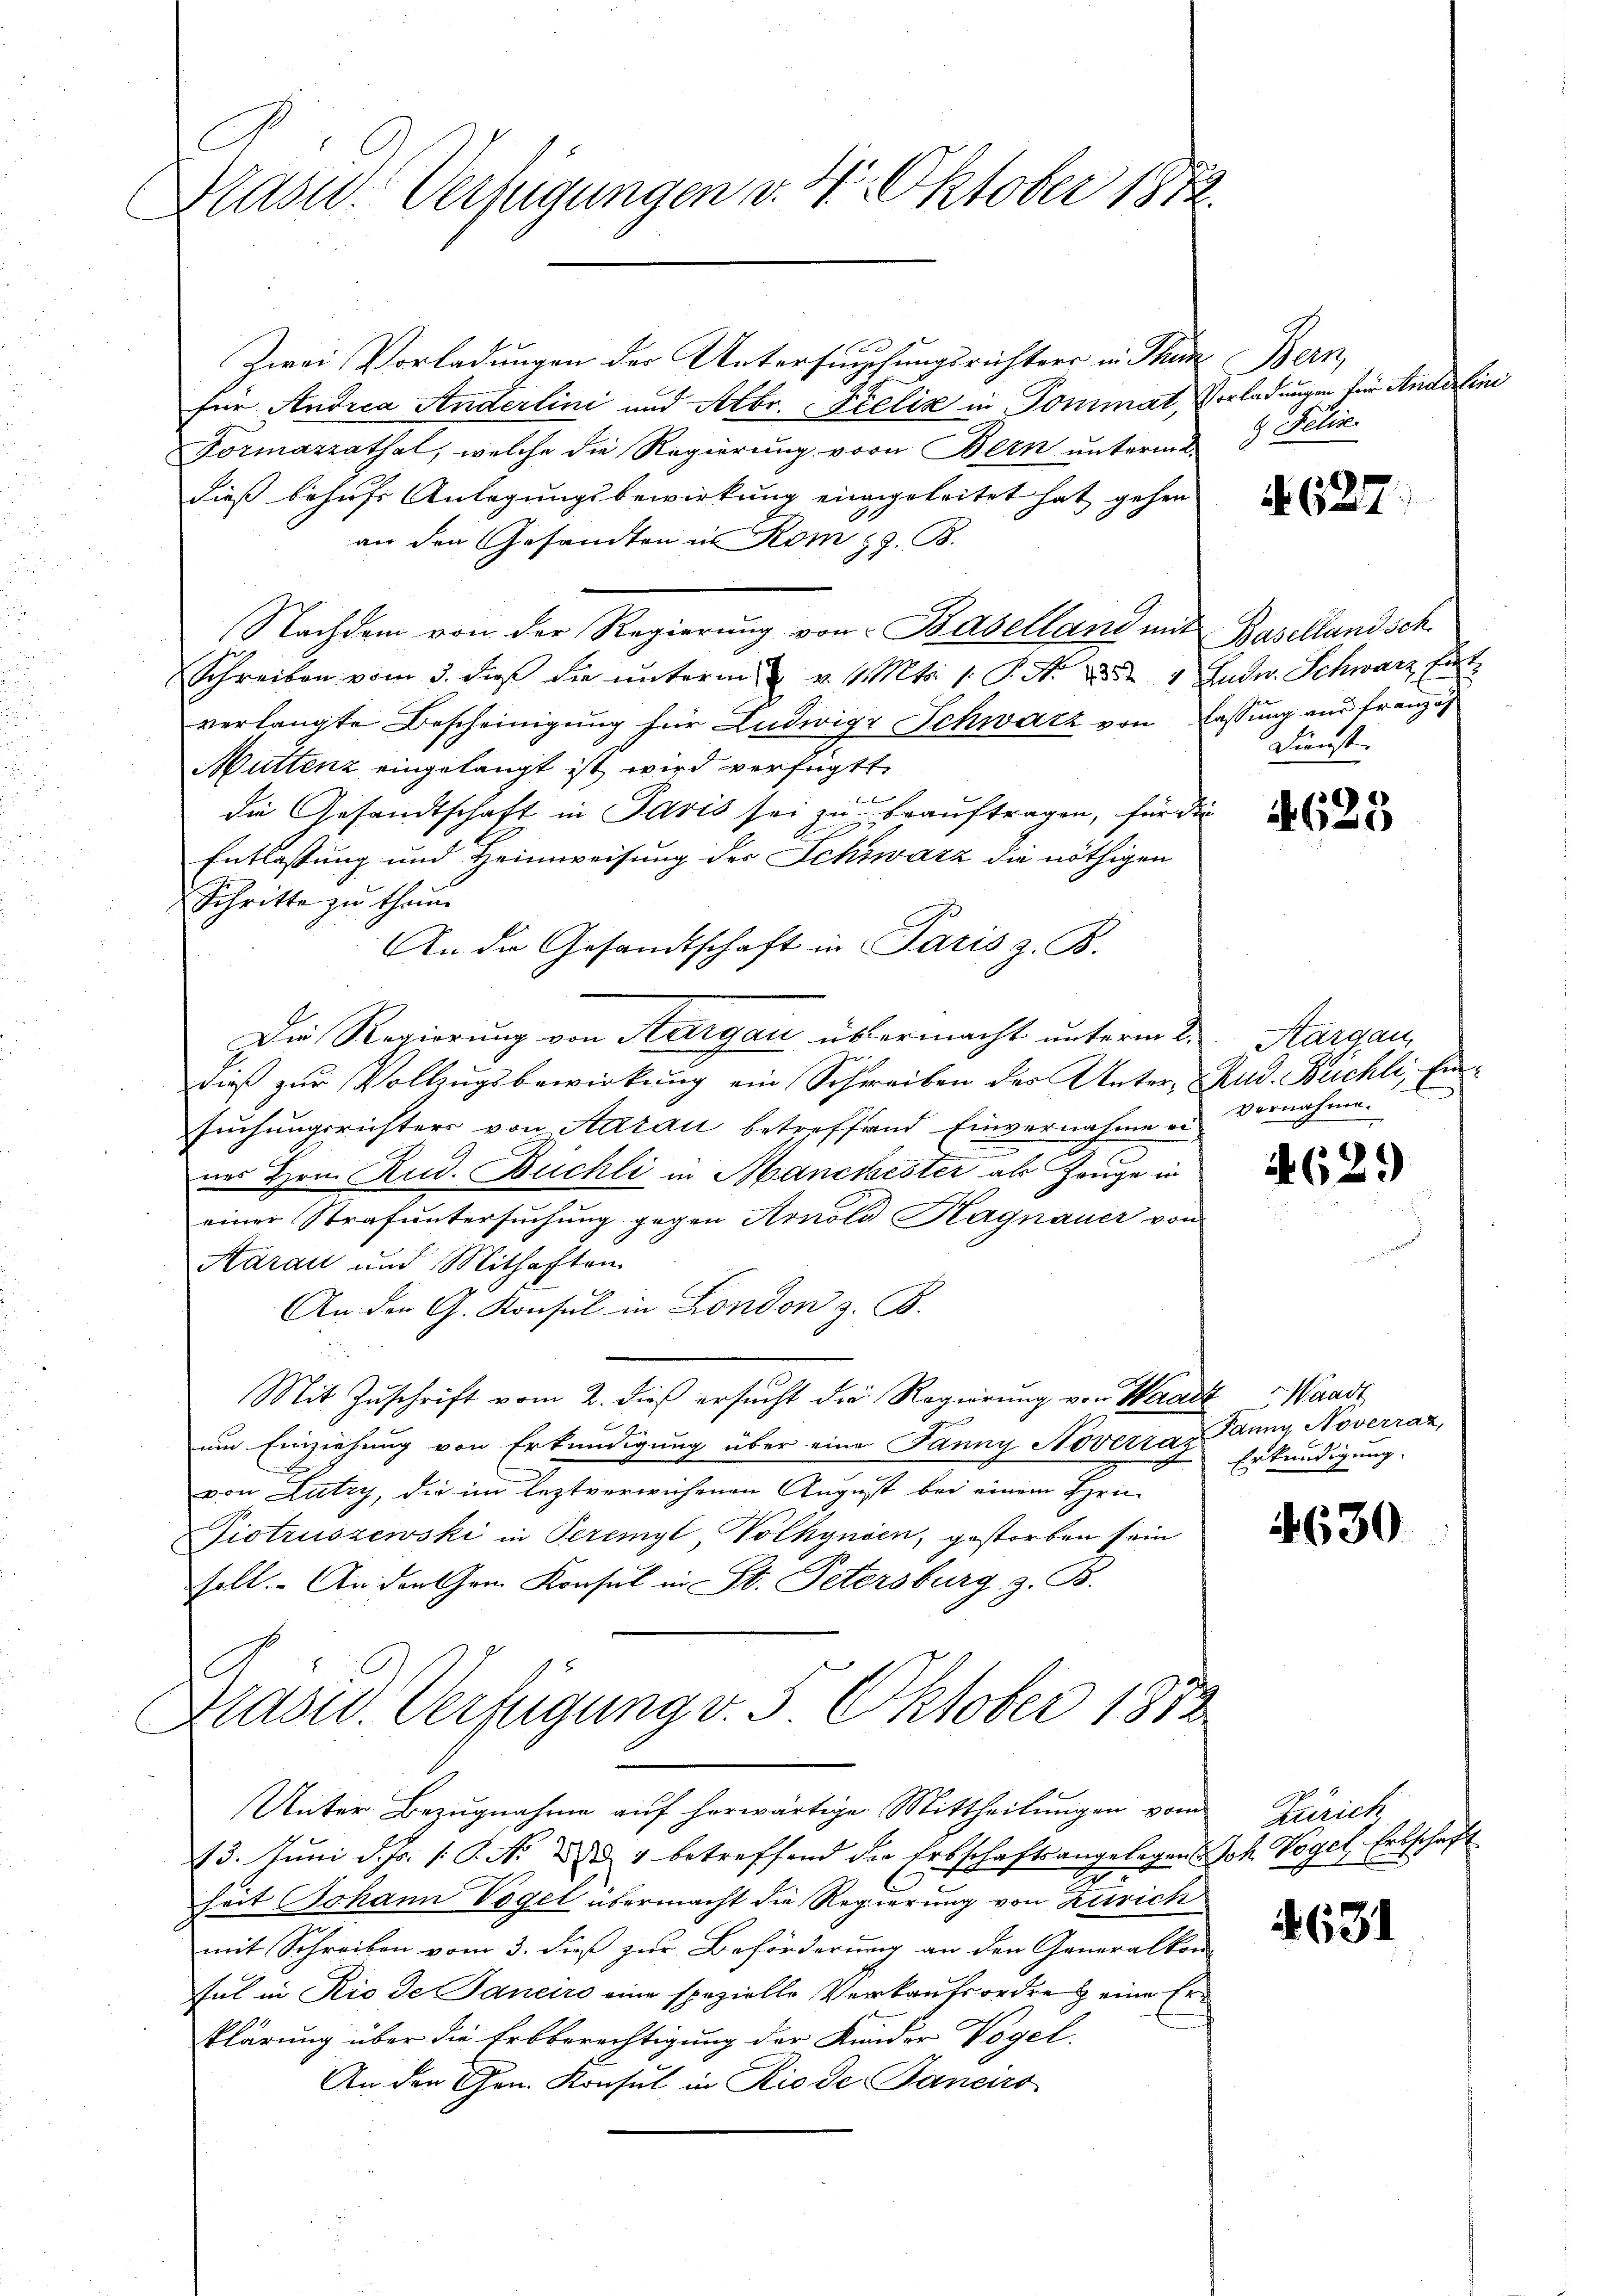
Brasid. Verfügungen v. 4. Oktober 1872.

Zwei Vorladungen der Untersuchungsrichters in Thun Bern,
für Andria Anderlini und Octbr. Felix in Pommat, Vorladungen für Anderline
Formazzathal, welche die Regierung von Bern unterm
dieß behufs Anlegungsbewirkung eingeleitet hat gehen
an den Gesandten in Rom z. B.
Nachdem von der Regierung von Baselland mit Basellandsch
Schreiben vom 3. dieβ die ŭnterm v. 1. Mts. 1. P. N. 255 4 Gudw. Schwarz Entverlangte Bescheinigung für Ludwig Schwarz von lassung aus französ
Muttenz eingelangt ist wird verfügt
 f
die Gesandtschaft in Paris sei zu beauftragen, für die
Entlassung und Heimweisung der Schwarz die nöthigen
Schritte zu thun
An die Gesandtschaft in Paris z. B.
Die Regierung von Aargau übermacht unterm 2.
dieß zur Vollzugsbewirkung ein Schreiben der Unter, Rud. Büchli, Einsuchungsrichters von Aarau betreffend Einvernahme eines Hrn. Rud. Büchli in Manchester als Zeuge in
einer Strafuntersuchung gegen Arnold Kagnauer von
Aarau und Mithaften
An den G. Konsul in London z. B.
Mit Zŭschrift vom 2. dieß ersucht die Regierung von Waadt, Waadt
um Einziehung von Erkundigung über eine Janny Noverzaz Panny, Noverraz,
von Lutry, die im leztverwichenen August bei einem Hrnn
Piotruszewski in Peremyl, Volhynien, gestorben sein
voll. An den Gem Konsul in St. Petersburg z. B.
Drasw. Verfügung v. 5. Oktober 1872
Unter Bezugnahme auf herwärtige Mittheilungen vom
13. Juni d. Js. s. S. Nr. 2 u. 1 betreffend der Erbschaftsangelegen Joh. Vogel, Erbschaft
.
heit Johann Vogel übermacht die Regierung von Zürich
mit Schreiben vom 3. dieß zur Beförderung an den Generalkon
sul in Rio de Janeiro eine spezielle Verkaufsordre eine Erklärung über die Erbberechtigung der Kinder Vogel.
An den Gen. Konsul in Rio de Banciro

& Felise

A. 627.

Dienst

134
20

Aargau,
vernahme.

629)

Erkundigung.

4630

Zürich

4631